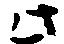
此